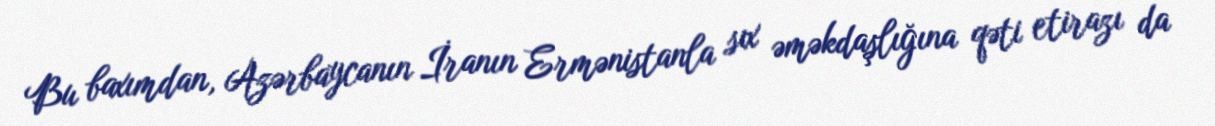
Bu baxımdan, Azərbaycanın İranın Ermənistanla sıx əməkdaşlığına qəti etirazı da